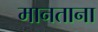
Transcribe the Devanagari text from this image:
मानताना